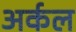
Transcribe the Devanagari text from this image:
अर्कल